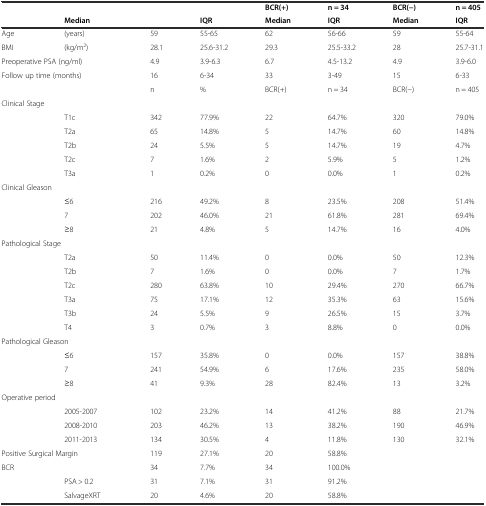
<table><thead><tr><td colspan="3"></td><td></td><td><b>BCR(+)</b></td><td><b>n = 34</b></td><td><b>BCR(−)</b></td><td><b>n = 405</b></td></tr><tr><td></td><td colspan="2"><b>Median</b></td><td><b>IQR</b></td><td><b>Median</b></td><td><b>IQR</b></td><td><b>Median</b></td><td><b>IQR</b></td></tr></thead><tbody><tr><td>Age</td><td>(years)</td><td>59</td><td>55-65</td><td>62</td><td>56-66</td><td>59</td><td>55-64</td></tr><tr><td>BMI</td><td>(kg/m<sup>2</sup>)</td><td>28.1</td><td>25.6-31.2</td><td>29.3</td><td>25.5-33.2</td><td>28</td><td>25.7-31.1</td></tr><tr><td colspan="2">Preoperative PSA (ng/ml)</td><td>4.9</td><td>3.9-6.3</td><td>6.7</td><td>4.5-13.2</td><td>4.9</td><td>3.9-6.0</td></tr><tr><td colspan="2">Follow up time (months)</td><td>16</td><td>6-34</td><td>33</td><td>3-49</td><td>15</td><td>6-33</td></tr><tr><td></td><td></td><td>n</td><td>%</td><td>BCR(+)</td><td>n = 34</td><td>BCR(−)</td><td>n = 405</td></tr><tr><td colspan="2">Clinical Stage</td><td></td><td></td><td></td><td></td><td></td><td></td></tr><tr><td></td><td>T1c</td><td>342</td><td>77.9%</td><td>22</td><td>64.7%</td><td>320</td><td>79.0%</td></tr><tr><td></td><td>T2a</td><td>65</td><td>14.8%</td><td>5</td><td>14.7%</td><td>60</td><td>14.8%</td></tr><tr><td></td><td>T2b</td><td>24</td><td>5.5%</td><td>5</td><td>14.7%</td><td>19</td><td>4.7%</td></tr><tr><td></td><td>T2c</td><td>7</td><td>1.6%</td><td>2</td><td>5.9%</td><td>5</td><td>1.2%</td></tr><tr><td></td><td>T3a</td><td>1</td><td>0.2%</td><td>0</td><td>0.0%</td><td>1</td><td>0.2%</td></tr><tr><td colspan="2">Clinical Gleason</td><td></td><td></td><td></td><td></td><td></td><td></td></tr><tr><td></td><td>≤6</td><td>216</td><td>49.2%</td><td>8</td><td>23.5%</td><td>208</td><td>51.4%</td></tr><tr><td></td><td>7</td><td>202</td><td>46.0%</td><td>21</td><td>61.8%</td><td>281</td><td>69.4%</td></tr><tr><td></td><td>≥8</td><td>21</td><td>4.8%</td><td>5</td><td>14.7%</td><td>16</td><td>4.0%</td></tr><tr><td colspan="2">Pathological Stage</td><td></td><td></td><td></td><td></td><td></td><td></td></tr><tr><td></td><td>T2a</td><td>50</td><td>11.4%</td><td>0</td><td>0.0%</td><td>50</td><td>12.3%</td></tr><tr><td></td><td>T2b</td><td>7</td><td>1.6%</td><td>0</td><td>0.0%</td><td>7</td><td>1.7%</td></tr><tr><td></td><td>T2c</td><td>280</td><td>63.8%</td><td>10</td><td>29.4%</td><td>270</td><td>66.7%</td></tr><tr><td></td><td>T3a</td><td>75</td><td>17.1%</td><td>12</td><td>35.3%</td><td>63</td><td>15.6%</td></tr><tr><td></td><td>T3b</td><td>24</td><td>5.5%</td><td>9</td><td>26.5%</td><td>15</td><td>3.7%</td></tr><tr><td></td><td>T4</td><td>3</td><td>0.7%</td><td>3</td><td>8.8%</td><td>0</td><td>0.0%</td></tr><tr><td colspan="2">Pathological Gleason</td><td></td><td></td><td></td><td></td><td></td><td></td></tr><tr><td></td><td>≤6</td><td>157</td><td>35.8%</td><td>0</td><td>0.0%</td><td>157</td><td>38.8%</td></tr><tr><td></td><td>7</td><td>241</td><td>54.9%</td><td>6</td><td>17.6%</td><td>235</td><td>58.0%</td></tr><tr><td></td><td>≥8</td><td>41</td><td>9.3%</td><td>28</td><td>82.4%</td><td>13</td><td>3.2%</td></tr><tr><td colspan="2">Operative period</td><td></td><td></td><td></td><td></td><td></td><td></td></tr><tr><td></td><td>2005-2007</td><td>102</td><td>23.2%</td><td>14</td><td>41.2%</td><td>88</td><td>21.7%</td></tr><tr><td></td><td>2008-2010</td><td>203</td><td>46.2%</td><td>13</td><td>38.2%</td><td>190</td><td>46.9%</td></tr><tr><td></td><td>2011-2013</td><td>134</td><td>30.5%</td><td>4</td><td>11.8%</td><td>130</td><td>32.1%</td></tr><tr><td colspan="2">Positive Surgical Margin</td><td>119</td><td>27.1%</td><td>20</td><td>58.8%</td><td></td><td></td></tr><tr><td>BCR</td><td></td><td>34</td><td>7.7%</td><td>34</td><td>100.0%</td><td></td><td></td></tr><tr><td></td><td>PSA &gt; 0.2</td><td>31</td><td>7.1%</td><td>31</td><td>91.2%</td><td></td><td></td></tr><tr><td></td><td>SalvageXRT</td><td>20</td><td>4.6%</td><td>20</td><td>58.8%</td><td></td><td></td></tr></tbody></table>